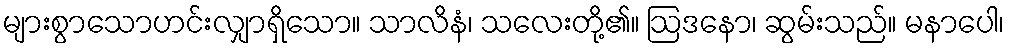
များစွာသောဟင်းလျှာရှိသော။ သာလိနံ၊ သလေးတို့၏။ ဩဒနော၊ ဆွမ်းသည်။ မနာပေါ၊